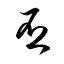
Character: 否